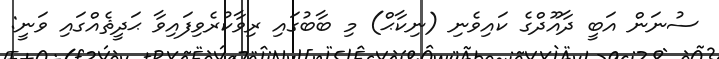
ސުނަން އަބީ ދާއޫދްގެ ކައިވެނި (ނިކާޙް) މި ބާބުގައި ރިވާކުރެވިފައިވާ ޙަދީޘެއްގައި ވަނީ: